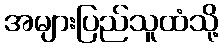
အများပြည်သူထံသို့